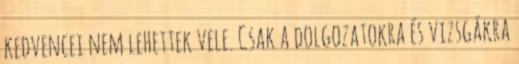
kedvencei nem lehettek vele. Csak a dolgozatokra és vizsgákra